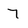
Character: 7